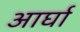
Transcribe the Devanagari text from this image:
आर्घा